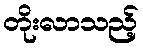
တိုးလာသည့်